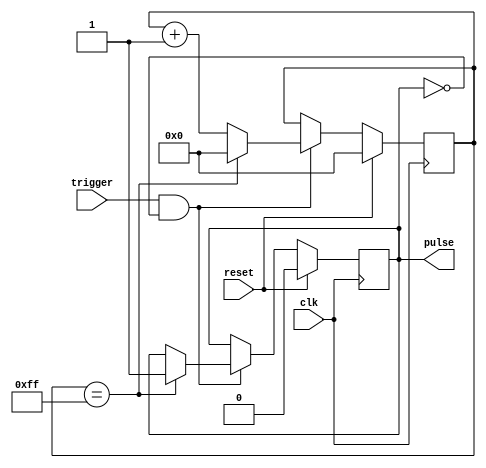
module one_shot_timer (
    input wire clk,          // Clock input
    input wire trigger,      // Trigger input for starting the timer
    input wire reset,        // Reset input for resetting the timer
    output reg pulse         // Output pulse signal
);

reg [7:0] count = 8'h00;     // 8-bit counter for counting clock cycles
reg pulse_gen = 1'b0;        // Flag for pulse generation

always @(posedge clk) begin
    if (reset) begin
        count <= 8'h00;     // Reset counter
        pulse_gen <= 1'b0;  // Reset pulse generation flag
    end else begin
        if (trigger && !pulse_gen) begin
            count <= count + 1;     // Increment counter
            if (count == 8'hFF) begin
                pulse_gen <= 1'b1;  // Set pulse generation flag
                count <= 8'h00;     // Reset counter for next trigger
            end
        end
    end
end

assign pulse = pulse_gen;    // Output pulse signal

endmodule